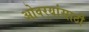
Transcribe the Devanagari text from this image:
ओवर्‍यांसाठी